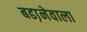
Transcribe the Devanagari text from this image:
बढा़नेवाला